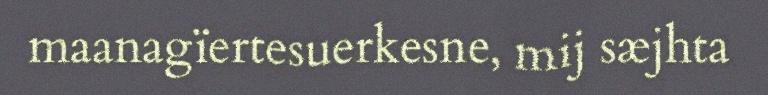
maanagïertesuerkesne, mij sæjhta